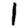
Digit: 1